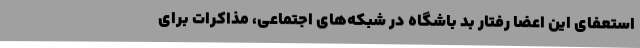
استعفای این اعضا رفتار بد باشگاه در شبکه‌های اجتماعی، مذاکرات برای